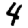
Digit: 4